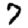
Digit: 7